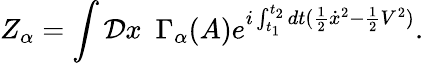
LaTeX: Z_{\alpha}=\int{\cal D}x\, \, \, \Gamma_{\alpha}(A)\displaystyle{e}^{i\int_{t_{1}}^{t_{2}}dt({\frac{1}{2}}{\dot{x}}^{2}-{\frac{1}{2}}V^{2})}.